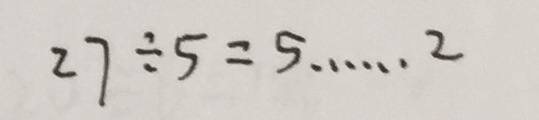
2 7 \div 5 = 5 \cdots 2